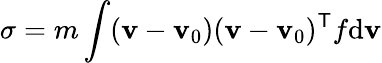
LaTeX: \mathbf{\sigma}=m\int(\mathbf{v}-\mathbf{v}_{0})(\mathbf{v}-\mathbf{v}_{0})^{\mathsf{T}}f\mathrm{d}\mathbf{v}